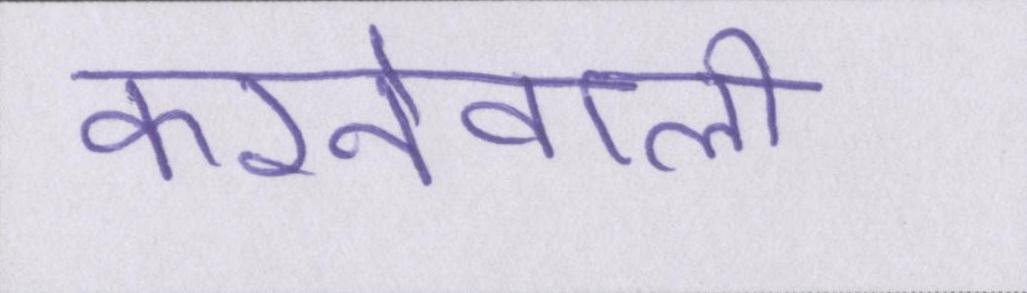
करनेवाली